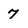
Character: 7